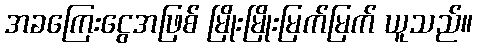
အခကြေးငွေအဖြစ် မြိုးမြိုးမြက်မြက် ယူသည်။